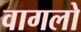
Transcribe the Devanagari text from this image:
वागलो